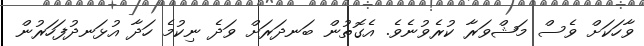
ވާހަކަށް ވެސް މަޝްވަރާ ކުރެވުނެވެ. އެގޮތުން ބަނދަރަށް ވަދެ ނިކުމެ ހަދާ އުޅަނދުފަހަރުން